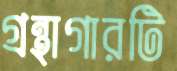
গ্রন্থাগারটি